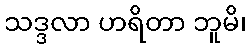
သဒ္ဒလာ ဟရိတာ ဘူမိ၊